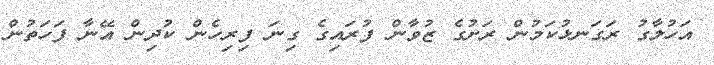
އަހުލާގު ރަގަނޅުކަމުން ރަށުގެ ޒުވާން ފުރައިގެ ގިނަ ފިރިހެން ކުދިން އޭނާ ފަހަތުން